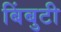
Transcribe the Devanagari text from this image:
बिंबुटी